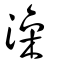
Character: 澡